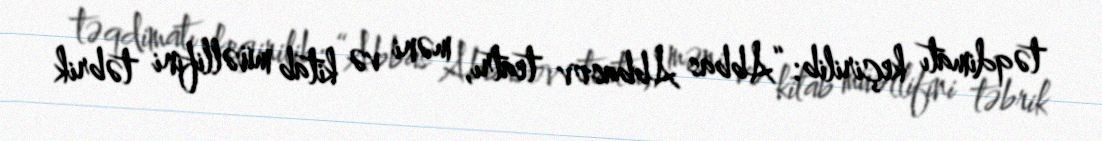
təqdimatı keçirilib: “Abbas Abbasov teatrı, məni və kitab müəllifini təbrik